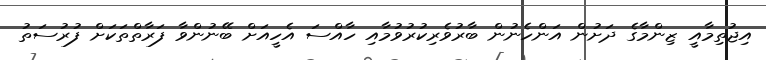
އިޖުތިމާއީ ޒިންމާގެ ދަށުން އަންހެނުން ބާރުވެރިކުރުވުމާއި ހާއްސަ އެހީއަށް ބޭނުންވާ ފަރާތްތަކަށް ފުރުސަތު